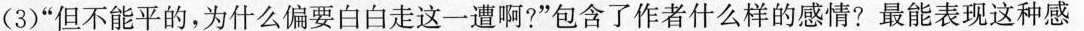
(3) ”但不能平的，为什么偏要白白走这一遭啊?”包含了作者什么样的感情?最能表现这种感